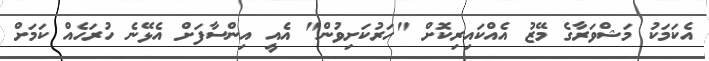
އެކަމަކު މަޝްވަރާގެ މޭޒު އެއްކައިރިކޮށް "ހަރުކަށިވުން" އެއީ އިންސާފަށް އެޅޭނެ ހުރަހެއް ކަމަށް